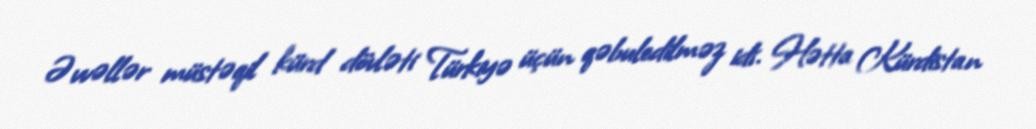
Əvvəllər müstəqil kürd dövləti Türkiyə üçün qəbuledilməz idi. Hətta Kürdistan